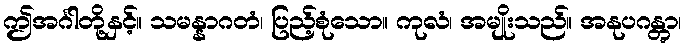
ဤအင်္ဂါတို့နှင့်။ သမန္နာဂတံ၊ ပြည့်စုံသော။ ကုလံ၊ အမျိုးသည်။ အနုပဂန္တွာ၊